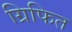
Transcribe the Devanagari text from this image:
ग्रिफित